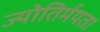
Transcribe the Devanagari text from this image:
ज्योतिर्मयता